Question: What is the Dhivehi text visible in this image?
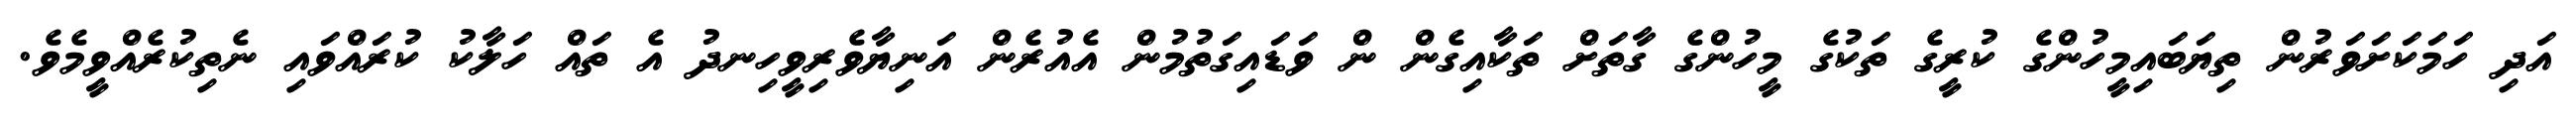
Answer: އަދި ހަމަކަށަވަރުން ތިޔަބައިމީހުންގެ ކުރީގެ ތަކުގެ މީހުންގެ ގާތަށް ތަކާއިގެން ން ވަޑައިގަތުމުން އެއުރެން އަނިޔާވެރިވީހިނދު އެ ތައް ހަލާކު ކުރައްވައި ނެތިކުރެއްވީމެވެ.